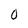
Character: O